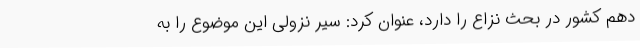
دهم کشور در بحث نزاع را دارد، عنوان کرد: سیر نزولی این موضوع را به